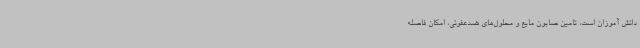
دانش آموزان است، تامین صابون مایع و محلول‌های ضدعفونی، امکان فاصله